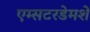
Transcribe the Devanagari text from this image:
एम्सटरडेमशे